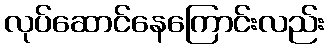
လုပ်ဆောင်နေကြောင်းလည်း